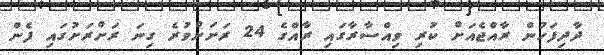
ދާދިފަހުން ރާއްޖެއަށް ކުރި ވިއްސާރާގައި ރާއްގެ 24 ރަށަށްވުރެ ގިނަ ރަށްރަށުގައި ފެން